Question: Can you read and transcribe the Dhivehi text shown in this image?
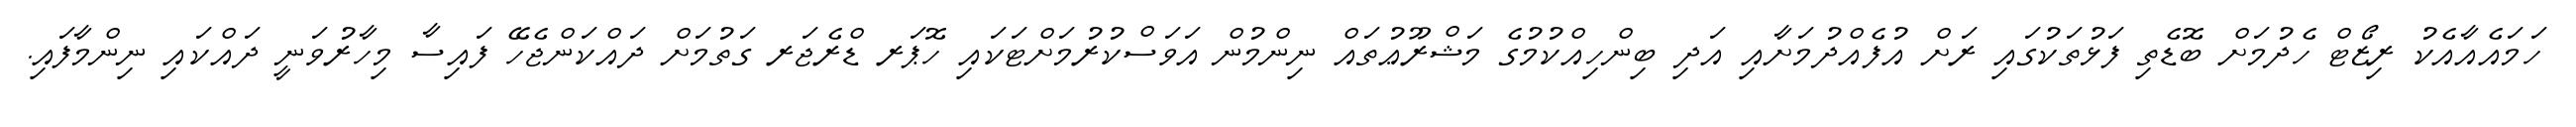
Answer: ހަމައެއާއެކު ރިޒޯޓް ހެދުމަށް ބޮޑެތި ފަޅުތަކުގައި ރަށް އުފެއްދުމަށާއި އަދި ބިންހިއްކުމުގެ މަޝްރޫޢުތައް ނިންމުން އަވަސްކުރުމަށްޓަކައި ހޮޕަރ ޑްރެޖަރ ގަތުމަށް ދައްކަންޖެހޭ ފައިސާ މިހާރުވަނީ ދައްކައި ނިންމާފައި.